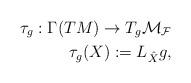
LaTeX: \begin{align*}\tau_g:\Gamma(TM)\rightarrow T_g\cal{M}_F\\\tau_g(X):=L_{\hat X}g,\end{align*}